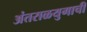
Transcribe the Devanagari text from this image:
अंतराळयुगाची